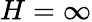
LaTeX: H=\infty